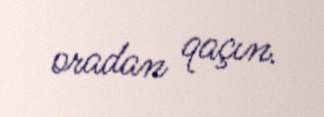
oradan qaçın.